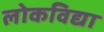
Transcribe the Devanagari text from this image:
लोकविद्या